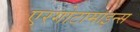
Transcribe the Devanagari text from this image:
एरगोटामाइन्स